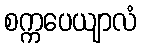
စက္ကပေယျာလံ